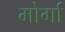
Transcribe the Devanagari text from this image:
मोर्गा